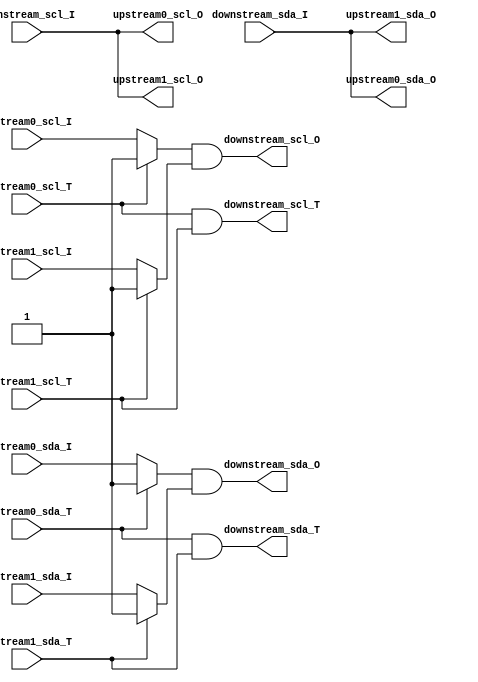
module i2c_hub
(
//1
	input     upstream0_scl_T,
	input     upstream0_scl_I,
	output    upstream0_scl_O,
	input     upstream0_sda_T,
	input     upstream0_sda_I,
	output    upstream0_sda_O,
    
//2    
	input     upstream1_scl_T,
	input     upstream1_scl_I,
	output    upstream1_scl_O,
	input     upstream1_sda_T,
	input     upstream1_sda_I,
	output    upstream1_sda_O,
	
	
	output    downstream_scl_T,
	input     downstream_scl_I,
	output    downstream_scl_O,
	output    downstream_sda_T,
	input     downstream_sda_I,
	output    downstream_sda_O
);
/*
T1T1

*/

assign downstream_scl_T = upstream0_scl_T & upstream1_scl_T;
assign downstream_scl_O = (upstream0_scl_T ? 1'b1 : upstream0_scl_I) & (upstream1_scl_T ? 1'b1 : upstream1_scl_I);
assign downstream_sda_T = upstream0_sda_T & upstream1_sda_T;
assign downstream_sda_O = (upstream0_sda_T ? 1'b1 : upstream0_sda_I) & (upstream1_sda_T ? 1'b1 : upstream1_sda_I);
assign upstream0_scl_O = downstream_scl_I;
assign upstream0_sda_O = downstream_sda_I;
assign upstream1_scl_O = downstream_scl_I;
assign upstream1_sda_O = downstream_sda_I;


// follows for spec proj
//assign upstream0_scl_O = downstream_scl_I & upstream1_scl_I;
//assign upstream0_sda_O = downstream_sda_I & upstream1_sda_I;
//assign upstream1_scl_O = downstream_scl_I & upstream0_scl_I;
//assign upstream1_sda_O = downstream_sda_I & upstream0_sda_I;

endmodule